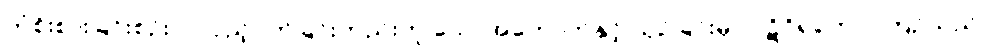
တံစိုးစားခြင်းစဉ်းလဲလှည့်ပတ်ခြင်းတည်းဟူ သောအကောက်နှင့် ယှဉ်ခြင်းမှ။ ပဋိဝိရတော၊ ကြဉ်သည်။